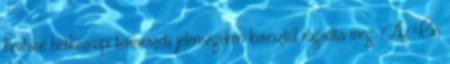
kevésbé hétköznapi természeti jelenségeken keresztül ragadta meg. Az Ön